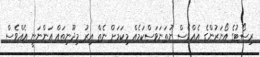
ރިސޯޓުގެ އޯނަރުންގެ އެއްވެސް ނުތަނަވަސްކަމެއް މިކަމަށް ނެތް އިރު މިދޫނިތައް އަންނަނީ އެއްވެސް